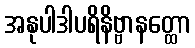
အနုပါဒါပရိနိဗ္ဗာနတ္ထော